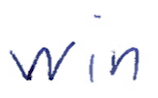
Text: win
Cross-out: clean
Writing tool: ballpoint